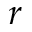
r